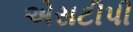
એસટીપી